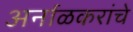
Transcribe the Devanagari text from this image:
अर्नाळकरांचे